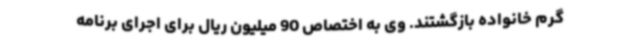
گرم خانواده بازگشتند. وی به اختصاص 90 میلیون ریال برای اجرای برنامه